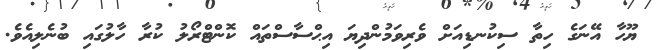
ޔޫހާ އޭނަގެ ހިތާ ސިކުނޑިއަށް ވެރިވަމުންދިޔަ އިޙްސާސްތައް ކޮންޓްރޯލު ކުރާ ހާލުގައި ބުނެލިއެވެ.